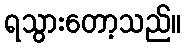
ရသွားတော့သည်။